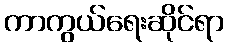
ကာကွယ်ရေးဆိုင်ရာ